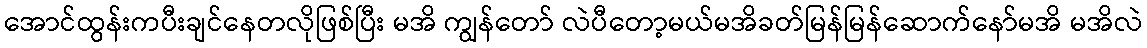
အောင်ထွန်းကပီးချင်နေတလိုဖြစ်ပြီး မအိ ကျွန်တော် လဲပီတော့မယ်မအိခတ်မြန်မြန်ဆောက်နော်မအိ မအိလဲ